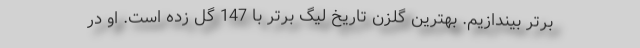
برتر بیندازیم. بهترین گلزن تاریخ لیگ برتر با 147 گل زده است. او در